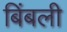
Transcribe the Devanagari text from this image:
बिंबली